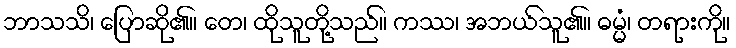
ဘာသသိ၊ ပြောဆို၏။ တေ၊ ထိုသူတို့သည်။ ကဿ၊ အဘယ်သူ၏။ ဓမ္မံ၊ တရားကို။